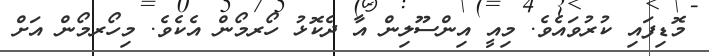
މޮޑިފައި ކުރުވައެވެ. މިއީ އިންސޫލިން އާ ދެކޮޅު ހޯރމޯން އެކެވެ. މިހޯރމޯން އަށް